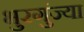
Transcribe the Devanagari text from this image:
भुरगुंज्या